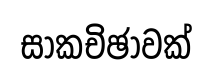
සාකචිඡාවක්